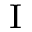
^ \mathrm { I }